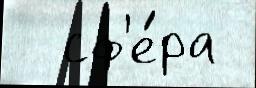
  сф'е́ра